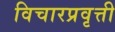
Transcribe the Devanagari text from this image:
विचारप्रवृत्ती